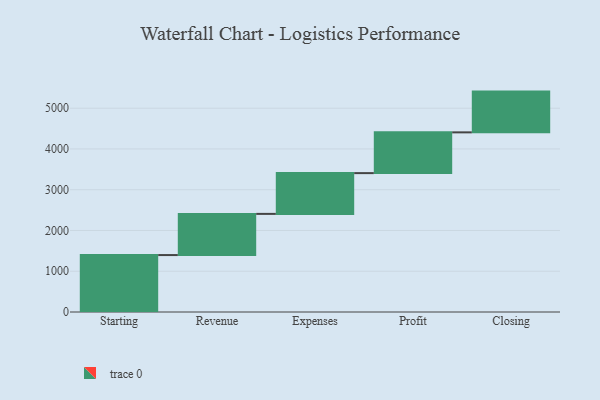
{"axis": {"x": "Step", "y": "Value"}, "legend": [""], "data": [{"x": "Starting", "y": 1397.0, "type": ""}, {"x": "Revenue", "y": 1010.0, "type": ""}, {"x": "Expenses", "y": 1000, "type": ""}, {"x": "Profit", "y": 1000, "type": ""}, {"x": "Closing", "y": 1000, "type": ""}]}